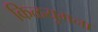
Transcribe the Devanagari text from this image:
किळयुगना